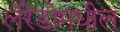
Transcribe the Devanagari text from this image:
लॅरेडोमधील